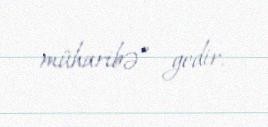
müharibə” gedir.